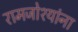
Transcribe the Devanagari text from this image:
रामजोश्यांना